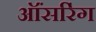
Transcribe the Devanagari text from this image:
ऑंसरिंग